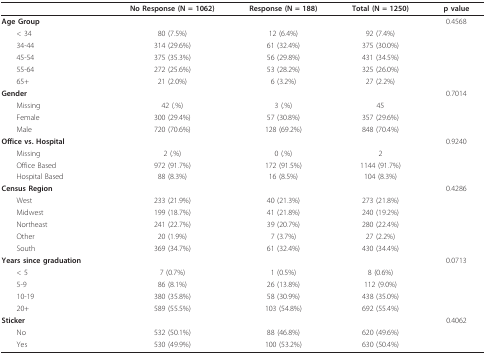
<table><thead><tr><td></td><td><b>No Response (N = 1062)</b></td><td><b>Response (N = 188)</b></td><td><b>Total (N = 1250)</b></td><td><b>p value</b></td></tr></thead><tbody><tr><td><b>Age Group</b></td><td></td><td></td><td></td><td>0.4568</td></tr><tr><td> &lt; 34</td><td>80 (7.5%)</td><td>12 (6.4%)</td><td>92 (7.4%)</td><td></td></tr><tr><td> 34-44</td><td>314 (29.6%)</td><td>61 (32.4%)</td><td>375 (30.0%)</td><td></td></tr><tr><td> 45-54</td><td>375 (35.3%)</td><td>56 (29.8%)</td><td>431 (34.5%)</td><td></td></tr><tr><td> 55-64</td><td>272 (25.6%)</td><td>53 (28.2%)</td><td>325 (26.0%)</td><td></td></tr><tr><td> 65+</td><td>21 (2.0%)</td><td>6 (3.2%)</td><td>27 (2.2%)</td><td></td></tr><tr><td><b>Gender</b></td><td></td><td></td><td></td><td>0.7014</td></tr><tr><td> Missing</td><td>42 (.%)</td><td>3 (.%)</td><td>45</td><td></td></tr><tr><td> Female</td><td>300 (29.4%)</td><td>57 (30.8%)</td><td>357 (29.6%)</td><td></td></tr><tr><td> Male</td><td>720 (70.6%)</td><td>128 (69.2%)</td><td>848 (70.4%)</td><td></td></tr><tr><td><b>Office vs. Hospital</b></td><td></td><td></td><td></td><td>0.9240</td></tr><tr><td> Missing</td><td>2 (.%)</td><td>0 (.%)</td><td>2</td><td></td></tr><tr><td> Office Based</td><td>972 (91.7%)</td><td>172 (91.5%)</td><td>1144 (91.7%)</td><td></td></tr><tr><td> Hospital Based</td><td>88 (8.3%)</td><td>16 (8.5%)</td><td>104 (8.3%)</td><td></td></tr><tr><td><b>Census Region</b></td><td></td><td></td><td></td><td>0.4286</td></tr><tr><td> West</td><td>233 (21.9%)</td><td>40 (21.3%)</td><td>273 (21.8%)</td><td></td></tr><tr><td> Midwest</td><td>199 (18.7%)</td><td>41 (21.8%)</td><td>240 (19.2%)</td><td></td></tr><tr><td> Northeast</td><td>241 (22.7%)</td><td>39 (20.7%)</td><td>280 (22.4%)</td><td></td></tr><tr><td> Other</td><td>20 (1.9%)</td><td>7 (3.7%)</td><td>27 (2.2%)</td><td></td></tr><tr><td> South</td><td>369 (34.7%)</td><td>61 (32.4%)</td><td>430 (34.4%)</td><td></td></tr><tr><td><b>Years since graduation</b></td><td></td><td></td><td></td><td>0.0713</td></tr><tr><td> &lt; 5</td><td>7 (0.7%)</td><td>1 (0.5%)</td><td>8 (0.6%)</td><td></td></tr><tr><td> 5-9</td><td>86 (8.1%)</td><td>26 (13.8%)</td><td>112 (9.0%)</td><td></td></tr><tr><td> 10-19</td><td>380 (35.8%)</td><td>58 (30.9%)</td><td>438 (35.0%)</td><td></td></tr><tr><td> 20+</td><td>589 (55.5%)</td><td>103 (54.8%)</td><td>692 (55.4%)</td><td></td></tr><tr><td><b>Sticker</b></td><td></td><td></td><td></td><td>0.4062</td></tr><tr><td> No</td><td>532 (50.1%)</td><td>88 (46.8%)</td><td>620 (49.6%)</td><td></td></tr><tr><td> Yes</td><td>530 (49.9%)</td><td>100 (53.2%)</td><td>630 (50.4%)</td><td></td></tr></tbody></table>